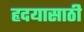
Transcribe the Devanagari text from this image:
हृदयासाठी